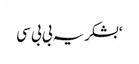
‘بشکریہ بی بی سی